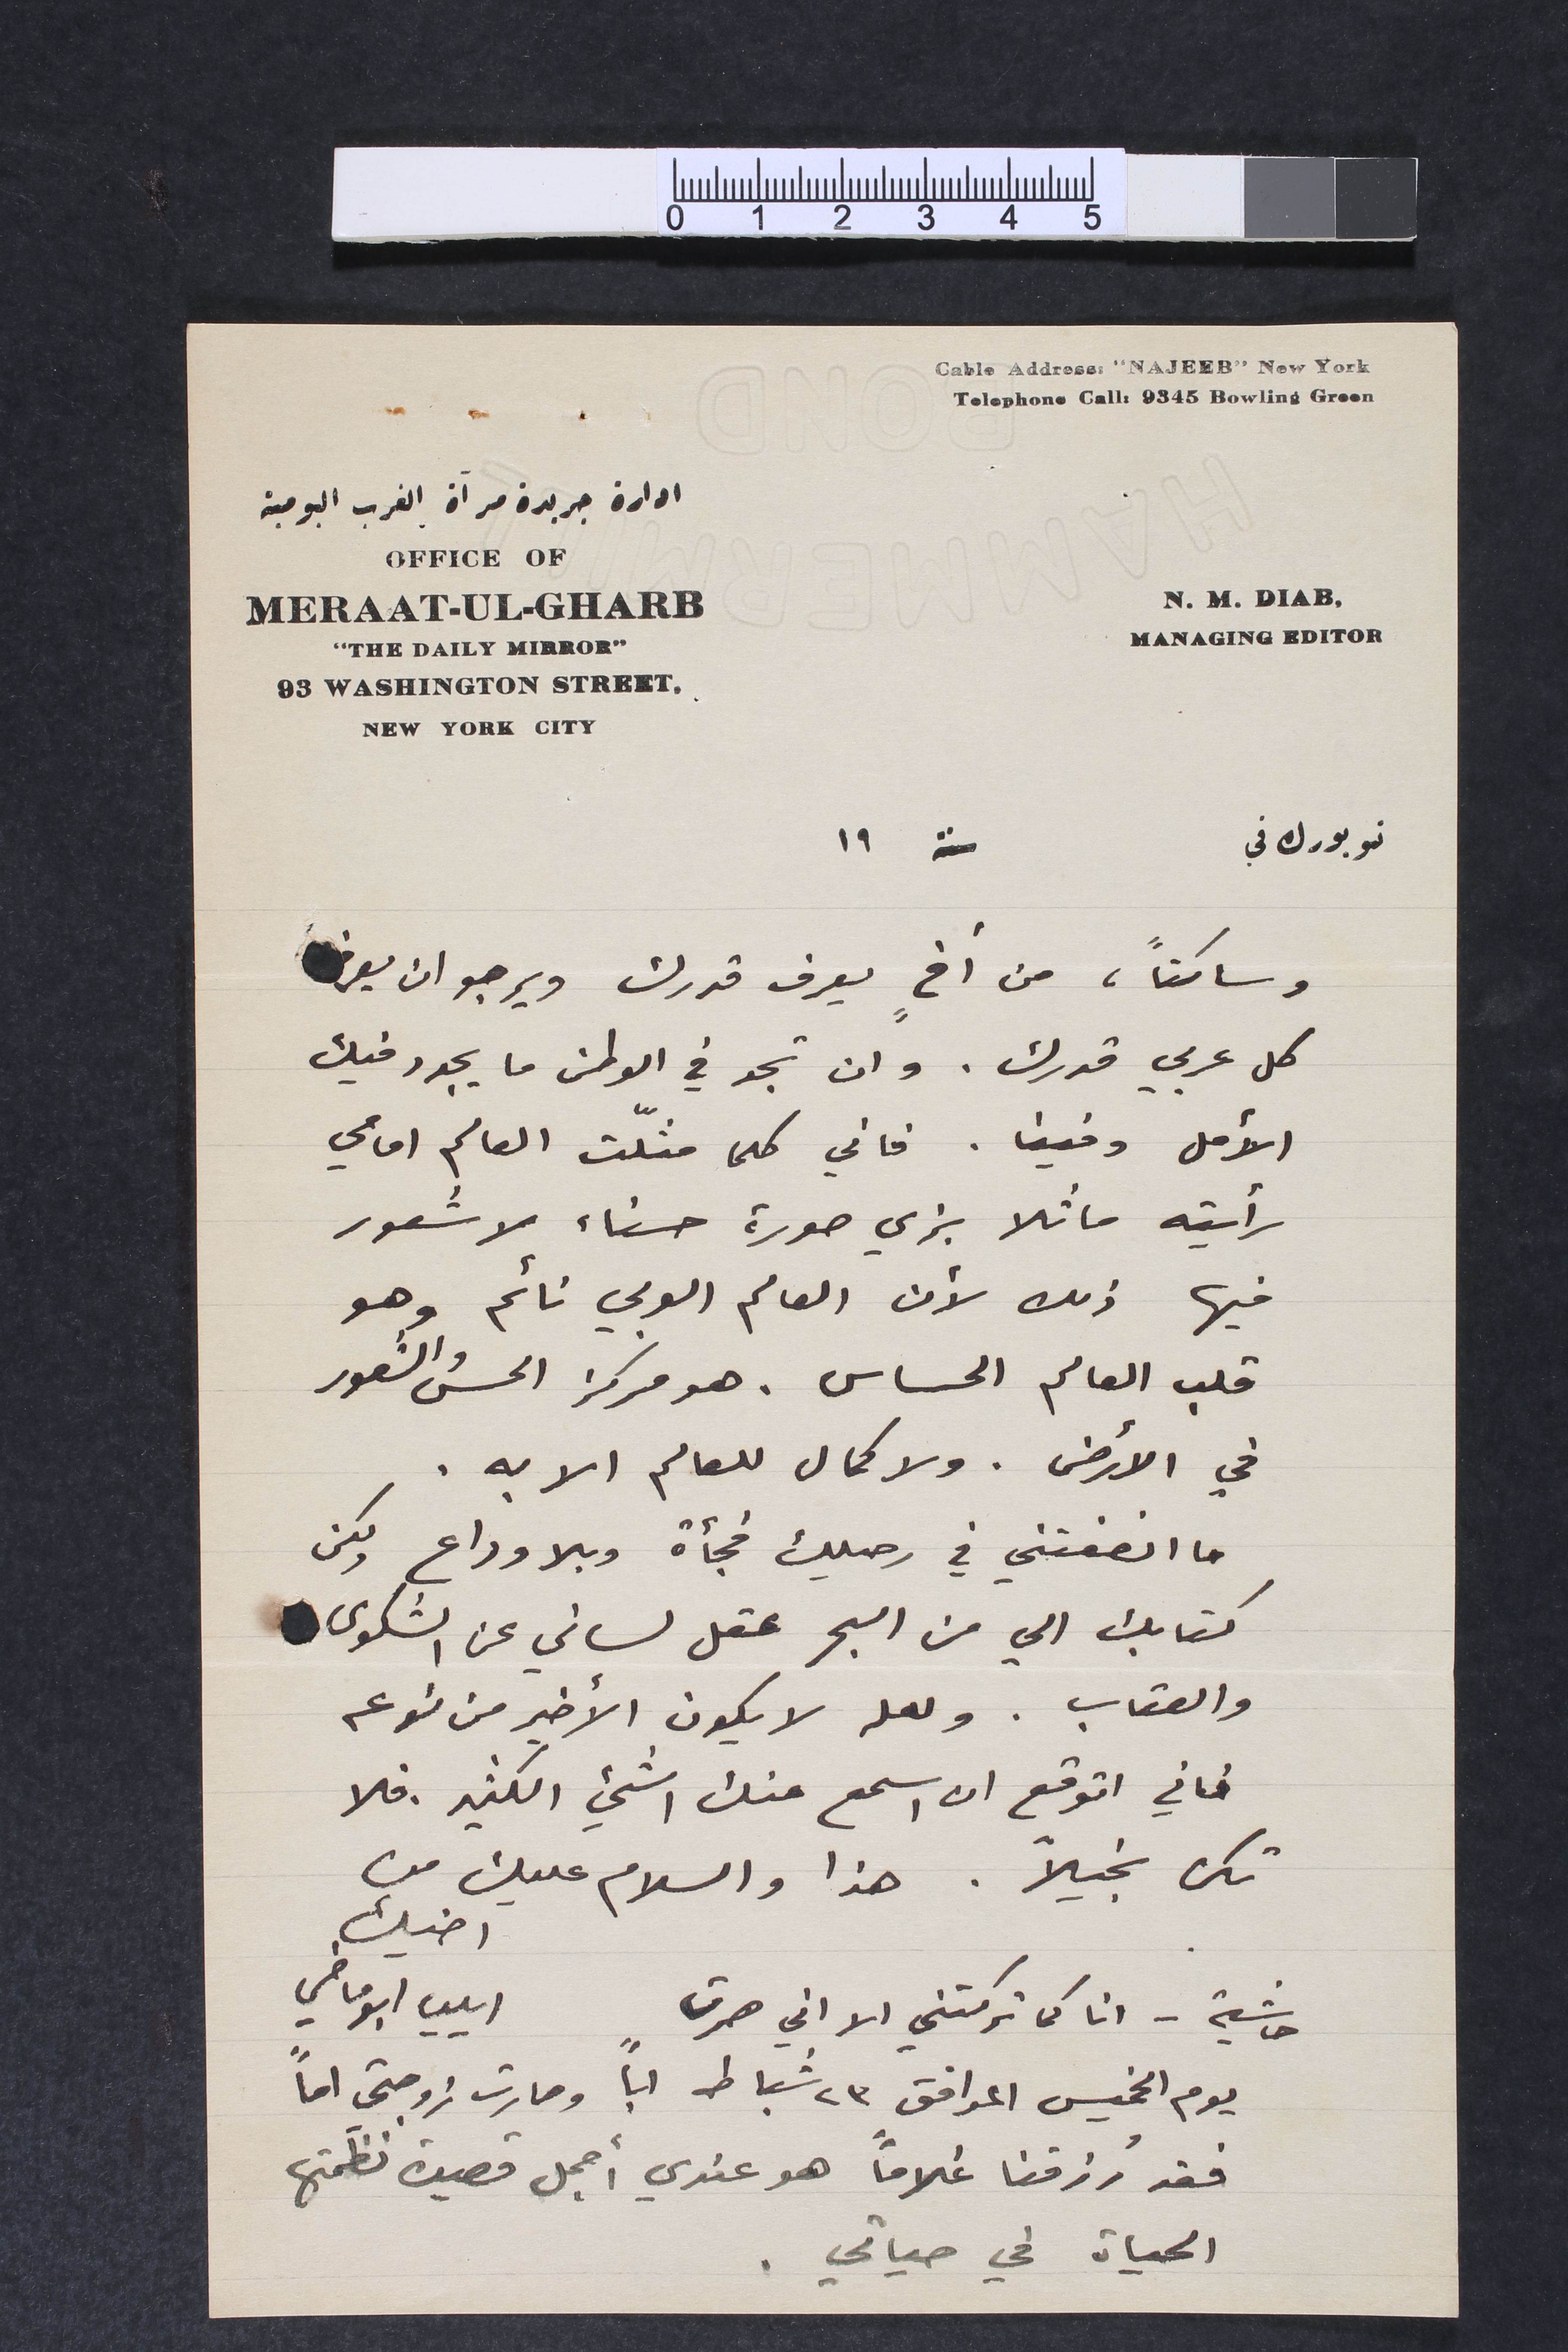
وساكتاً، من أخٍ يعرف قدرك ويرجو ان يعرفَ
كل عربي قدرك. وان تجد في الوطن ما يجدد فيك
الأمل وفينا. فاني كلما مثلّت العالم امامي
رأيته ماثلا بزي صورة حسناء لا شعور
فيها ذلك لأن العالم العربي نائم وهو
قلب العالم الحساس. هو مركز الحس والشعور
في الأرض. ولا كمال للعالم الا به.
ما انصفتني في رحيلك فجأة وبلا وداع ولكن
كتابك الي من البحر عقل لساني عن الشكوى
والعتاب. ولعله لا يكون الأخير من نوعه
فاني اتوقع ان اسمع منك اشيء الكثير. فلا
تكن بخيلاً. هذا والسلام عليك من
حاشية – انا كما تركتني الا اني صرت
يوم الخميس الموافق 23 شباط اباً وصارت زوجتي اماً
فقد رُزقنا غُلاماً هو عندي أجمل قصيدة نظمتها
الحياة في حياتي.
اخيك ايليا ابو ماضي